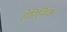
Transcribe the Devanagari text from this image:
हेरिनिक